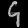
Digit: ၄